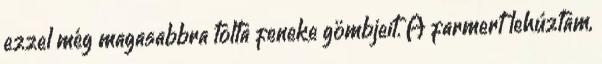
ezzel még magasabbra tolta feneke gömbjeit. A farmert lehúztam,